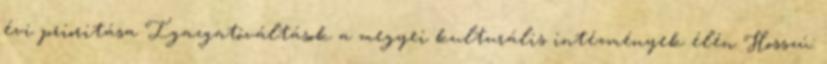
évi prioritása Igazgatóváltások a megyei kulturális intézmények élén Hosszú: